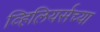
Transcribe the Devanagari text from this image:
व्हिलियर्सच्या